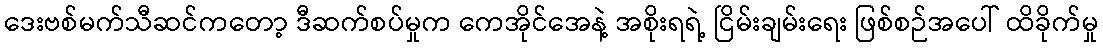
ဒေးဗစ်မက်သီဆင်ကတော့ ဒီဆက်စပ်မှုက ကေအိုင်အေနဲ့ အစိုးရရဲ့ ငြိမ်းချမ်းရေး ဖြစ်စဉ်အပေါ် ထိခိုက်မှု